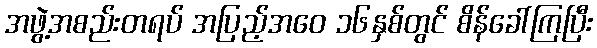
အဖွဲ့အစည်းတရပ် အပြည့်အဝေ ၁၆နှစ်တွင် စိန်ခေါ်ကြပြီး